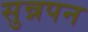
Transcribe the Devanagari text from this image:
सुन्नपन